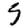
Digit: 5